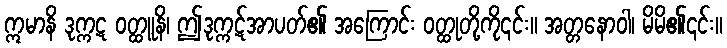
ဣမာနိ ဒုက္ကဋ ဝတ္ထူနိ၊ ဤဒုက္ကဋ်အာပတ်၏ အကြောင်း ဝတ္ထုတို့ကို၎င်း။ အတ္တနောဝါ၊ မိမိ၏၎င်း။